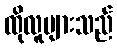
ထိုလူများသည်